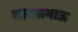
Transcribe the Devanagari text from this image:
मावसभाऊ